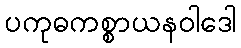
ပကုဓကစ္စာယနဝါဒေါ